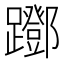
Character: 䠬